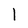
Character: l